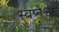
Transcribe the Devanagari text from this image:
स्वप्नेश्वर